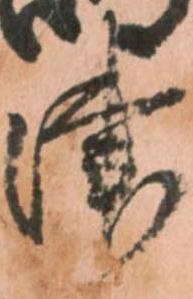
津